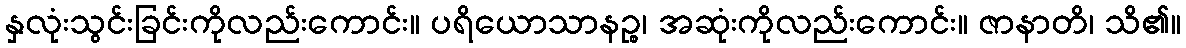
နှလုံးသွင်းခြင်းကိုလည်းကောင်း။ ပရိယောသာနဉ္စ၊ အဆုံးကိုလည်းကောင်း။ ဇာနာတိ၊ သိ၏။